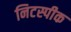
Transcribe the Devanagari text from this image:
निटस्पीक